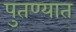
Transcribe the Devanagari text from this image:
पुतण्यात